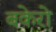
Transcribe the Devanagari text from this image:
बकेरो